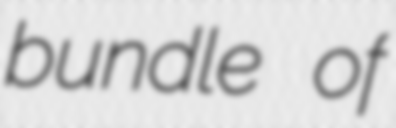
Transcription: bundle of